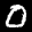
Label: 0